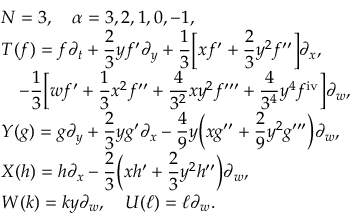
\begin{array} { l } { { N = 3 , \quad \alpha = 3 , 2 , 1 , 0 , - 1 , } } \\ { { \displaystyle T ( f ) = f \partial _ { t } + \frac { 2 } { 3 } y f ^ { \prime } \partial _ { y } + \frac { 1 } { 3 } \biggl [ x f ^ { \prime } + \frac { 2 } { 3 } y ^ { 2 } f ^ { \prime \prime } \biggr ] \partial _ { x } , } } \\ { { \displaystyle \quad - \frac { 1 } { 3 } \biggl [ w f ^ { \prime } + \frac { 1 } { 3 } x ^ { 2 } f ^ { \prime \prime } + \frac { 4 } { 3 ^ { 2 } } x y ^ { 2 } f ^ { \prime \prime \prime } + \frac { 4 } { 3 ^ { 4 } } y ^ { 4 } f ^ { \mathrm { i v } } \biggr ] \partial _ { w } , } } \\ { { \displaystyle Y ( g ) = g \partial _ { y } + \frac { 2 } { 3 } y g ^ { \prime } \partial _ { x } - \frac { 4 } { 9 } y \biggl ( x g ^ { \prime \prime } + \frac { 2 } { 9 } y ^ { 2 } g ^ { \prime \prime \prime } \biggr ) \partial _ { w } , } } \\ { { \displaystyle X ( h ) = h \partial _ { x } - \frac { 2 } { 3 } \biggl ( x h ^ { \prime } + \frac { 2 } { 3 } y ^ { 2 } h ^ { \prime \prime } \biggr ) \partial _ { w } , } } \\ { { W ( k ) = k y \partial _ { w } , \quad U ( \ell ) = \ell \partial _ { w } . } } \end{array}